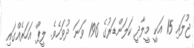
ޖުލައި 15 އަކީ މީލާދީ ކަލަންޑަރުގެ 196 ވަނަ ދުވަހެވެ. ލީޕް އަހަރެއްގައި